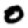
Digit: 0